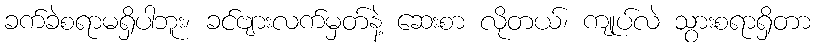
ခက်ခဲစရာမရှိပါဘူး၊ ခင်ဗျားလက်မှတ်နဲ့ ဆေးစာ လိုတယ်၊ ကျုပ်လဲ သွားစရာရှိတာ